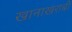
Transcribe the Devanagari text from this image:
खानाखराबी